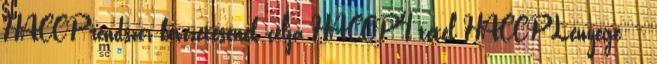
HACCP rendszer bevezetésének célja HACCP 4.tétel HACCP Lényege: -